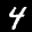
Label: 4